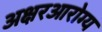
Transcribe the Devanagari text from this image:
अक्षरआरोग्य